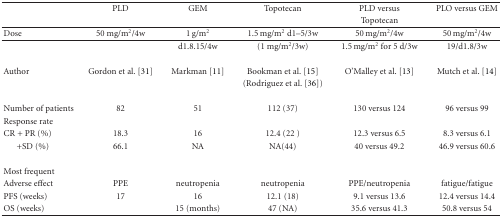
|  | PLD | GEM | Topotecan | PLD versus | PLO versus GEM |
 |  |  |  |  | Topotecan |  |
 | --- | --- | --- | --- | --- | --- |
 | Dose | 50 mg/m2/4w | 1 g/m2 | 1.5 mg/m2 d1–5/3w | 50 mg/m2/4w | 50 mg/m2/4w |
 |  |  | d1.8.15/4w | (1 mg/m2/3w) | 1.5 mg/m2 for 5 d/3w | 19/d1.8/3w |
 | Author | Gordon et al. [31] | Markman [11] | Bookman et al. [15] | O'Malley et al. [13] | Mutch et al. [14] |
 |  |  |  | (Rodriguez et al. [36]) |  |  |
 | Number of patients | 82 | 51 | 112 (37) | 130 versus 124 | 96 versus 99 |
 | Response rate |  |  |  |  |  |
 | CR + PR (%) | 18.3 | 16 | 12.4 (22 ) | 12.3 versus 6.5 | 8.3 versus 6.1 |
 | + SD (%) | 66.1 | NA | NA(44) | 40 versus 49.2 | 46.9 versus 60.6 |
 | Most frequent |  |  |  |  |  |
 | Adverse effect | PPE | neutropenia | neutropenia | PPE/neutropenia | fatigue/fatigue |
 | PFS (weeks) | 17 | 16 | 12.1 (18) | 9.1 versus 13.6 | 12.4 versus 14.4 |
 | OS (weeks) |  | 15 (months) | 47 (NA) | 35.6 versus 41.3 | 50.8 versus 54 |